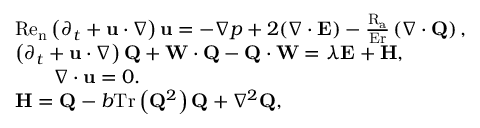
\begin{array} { r l } & { \mathrm { R e } _ { \mathrm { n } } \left( \partial _ { t } + \mathbf { u } \cdot \boldsymbol { \nabla } \right) \mathbf { u } = - \boldsymbol { \nabla } p + 2 ( \boldsymbol { \nabla } \cdot \mathbf { E } ) - \frac { \mathrm { R } _ { \mathrm { a } } } { \mathrm { E r } } \left( \boldsymbol { \nabla } \cdot \mathbf { Q } \right) , } \\ & { \left( \partial _ { t } + \mathbf { u } \cdot \boldsymbol { \nabla } \right) \mathbf { Q } + \mathbf { W } \cdot \mathbf { Q } - \mathbf { Q } \cdot \mathbf { W } = \lambda \mathbf { E } + \mathbf { H } , } \\ & { \qquad \boldsymbol { \nabla } \cdot \mathbf { u } = 0 . } \\ & { \mathbf { H } = \mathbf { Q } \mathbin { - } b \mathrm { T r } \left( \mathbf { Q } ^ { 2 } \right) \mathbf { Q } \mathbin { + } \nabla ^ { 2 } \mathbf { Q } , } \end{array}